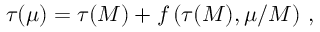
\tau ( \mu ) = \tau ( M ) + f \left( \tau ( M ) , \mu / M \right) \, ,